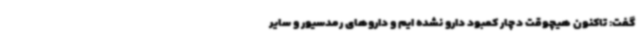
گفت: تاکنون هیچوقت دچار کمبود دارو نشده ایم و داروهای رمدسیور و سایر